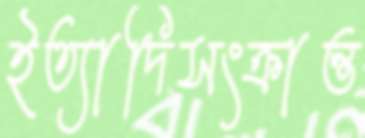
ইত্যাদিসংক্রান্ত